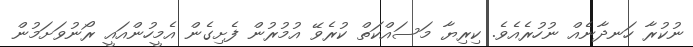
ނުކުރާ ހަނދާނެއް ނުހުރެއެވެ. ކިރިޔާ މަސައްކަތް ކުރެވޭ އުމުރުން ފެށިގެން އެމީހުންއައީ ރޯނުވަށަމުން